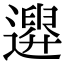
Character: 𨗮